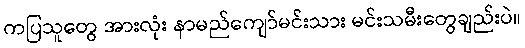
ကပြသူတွေ အားလုံး နာမည်ကျော်မင်းသား မင်းသမီးတွေချည်းပဲ။